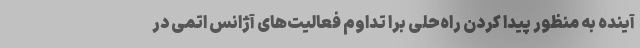
آینده به منظور پیدا کردن راه‌حلی برا تداوم فعالیت‌های آژانس اتمی در